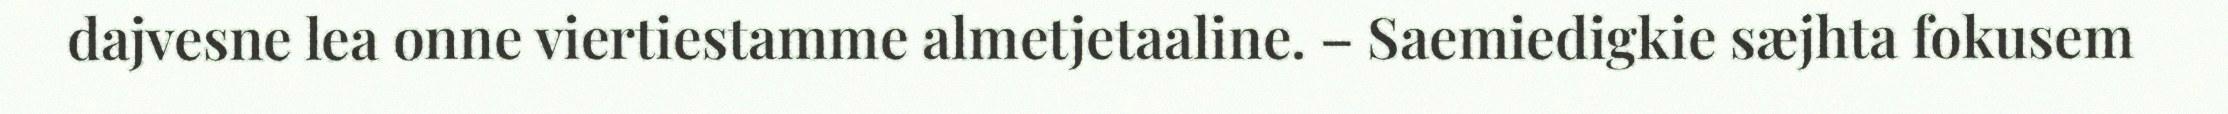
dajvesne lea onne viertiestamme almetjetaaline. – Saemiedigkie sæjhta fokusem